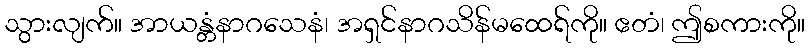
သွားလျက်။ အာယန္တံနာဂသေနံ၊ အရှင်နာဂသိန်မထေရ်ကို။ ဧတံ၊ ဤစကားကို။